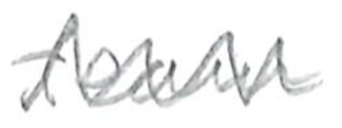
Text: team
Cross-out: mix
Writing tool: pencil